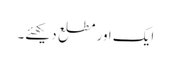
ایک اور مطلع دیکھئے۔